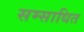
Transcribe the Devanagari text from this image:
सम्साधित